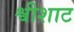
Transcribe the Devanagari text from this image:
श्वीशाट